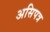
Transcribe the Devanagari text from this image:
असिपत्र